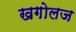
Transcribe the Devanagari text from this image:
खगोलज